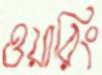
ওয়ারিং